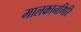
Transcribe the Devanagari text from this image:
मालकानगिरि